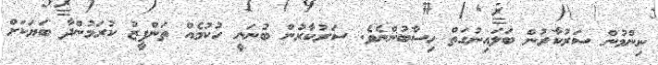
ނިންމުން ސަރުކާރުން ބަލައިނުގަތް ހިސާބުންނެވެ. ސަރުކާރުން ބުނަނީ ހުކުމެއް ތަންފީޒު ކުރަމުންދާ ބަޔަކަށް